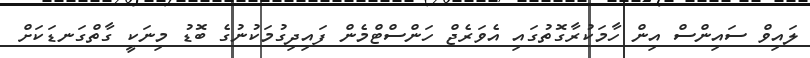
ލައިވް ސައިންސް އިން ހާމަކުރާގޮތުގައި އެވަރެޖް ހަންސްޓްމެން ފައިދިގުމަކުނުގެ ބޮޑު މިނަކީ ގާތްގަނޑަކަށް